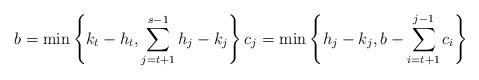
LaTeX: \begin{align*} b = \min \left\{k_t-h_t,\sum_{j=t+1}^{s-1} h_j - k_j\right\} c_j = \min \left\{ h_j-k_j, b - \sum_{i=t+1}^{j-1} c_i\right\}\end{align*}